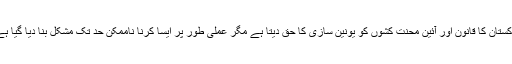
پاکستان کا قانون اور آئین محنت کشوں کو یونین سازی کا حق دیتا ہے مگر عملی طور پر ایسا کرنا ناممکن حد تک مشکل بنا دیا گیا ہے۔